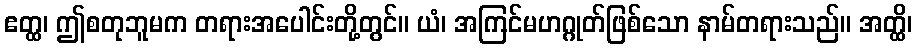
ဧတ္ထ၊ ဤစတုဘူမက တရားအပေါင်းတို့တွင်။ ယံ၊ အကြင်မဟဂ္ဂုတ်ဖြစ်သော နာမ်တရားသည်။ အတ္ထိ၊